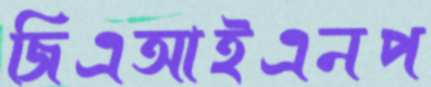
জিএআইএনপ